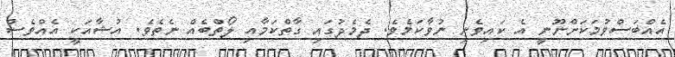
އެއްބަސްވުމަކަށްނޫނީ އެ ކައިވެނި ނުވާކަމެވެ. ދެމެދުގައި ގާތްކަމާއި ލޯތްބެއް ނެތެވެ. އުޝާއަކީ އެއްވެސް